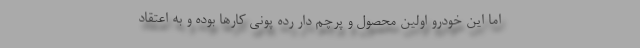
اما این خودرو اولین محصول و پرچم دار رده پونی کارها بوده و به اعتقاد